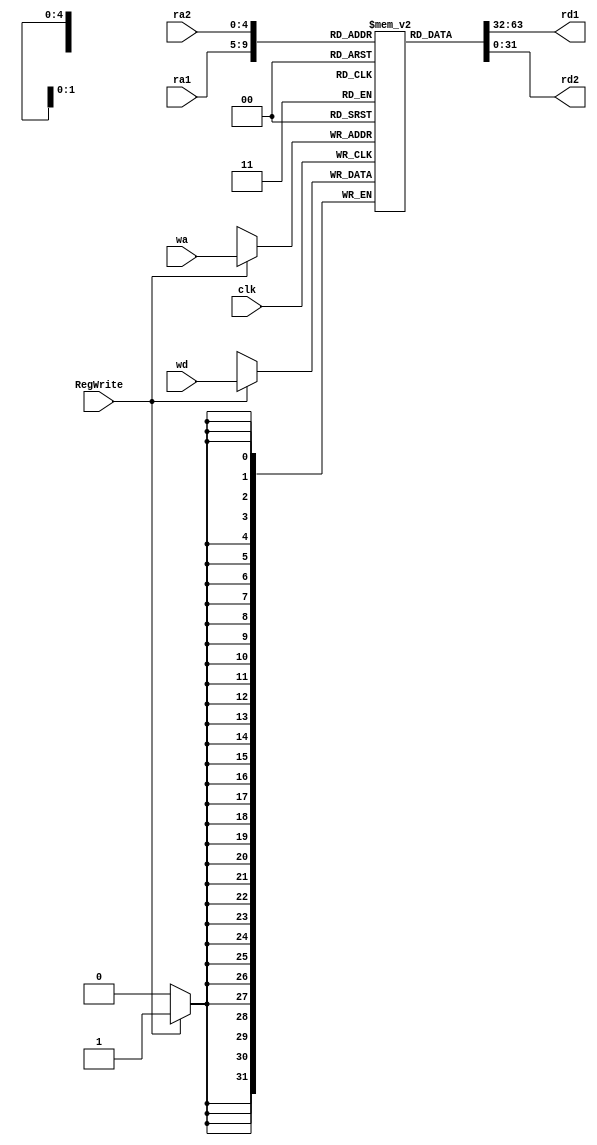
`timescale 1ns / 1ps
//////////////////////////////////////////////////////////////////////////////////
// Company: 
// Engineer: 
// 
// Design Name: 
// Module Name:    RF 
// Project Name: 
// Target Devices: 
// Tool versions: 
// Description: 
//
// Dependencies: 
//
// Revision: 
// Revision 0.01 - File Created
// Additional Comments: 
//
//////////////////////////////////////////////////////////////////////////////////
module RF(
   	//read address port
	input [4 : 0] ra1,
	input [4 : 0] ra2,
	//write address port
	input [4 : 0] wa,
	//write data port
	input [31 : 0] wd,
	input clk, RegWrite,
	//read data port
	output  [31 : 0]rd1,
	output  [31 : 0]rd2
    );
	reg [31:0] Registers [0:31];
	//l
	integer i = 0;
	initial begin
		for(i = 0; i <= 31; i = i + 1) 
			Registers[i] = 0;
	end
	
	assign rd1 = Registers[ra1];
	assign rd2 = Registers[ra2];
	
	always @(posedge clk) begin
		//gJ
		if(RegWrite == 1) begin
			Registers[wa] <= wd;
		end
	end
	
endmodule